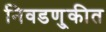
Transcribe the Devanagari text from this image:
निवडणु्कीत